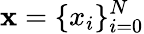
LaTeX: \mathbf{x}=\{ x_{i}\} _{i=0}^{N}